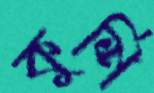
কুর্শি